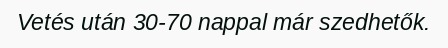
Vetés után 30-70 nappal már szedhetők.